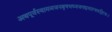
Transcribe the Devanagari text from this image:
अथपूर्वस्यामञजनबृषभध्वजपद्ममाल्यवद्गिरयः।